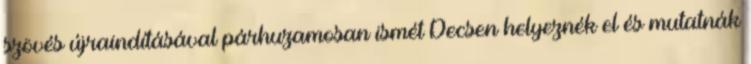
szövés újraindításával párhuzamosan ismét Decsen helyeznék el és mutatnák